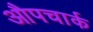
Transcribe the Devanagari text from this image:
औपचार्क